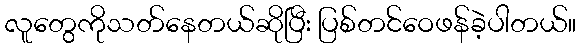
လူတွေကိုသတ်နေတယ်ဆိုပြီး ပြစ်တင်ဝေဖန်ခဲ့ပါတယ်။